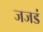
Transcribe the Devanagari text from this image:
जजडं